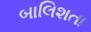
બાલિશતા